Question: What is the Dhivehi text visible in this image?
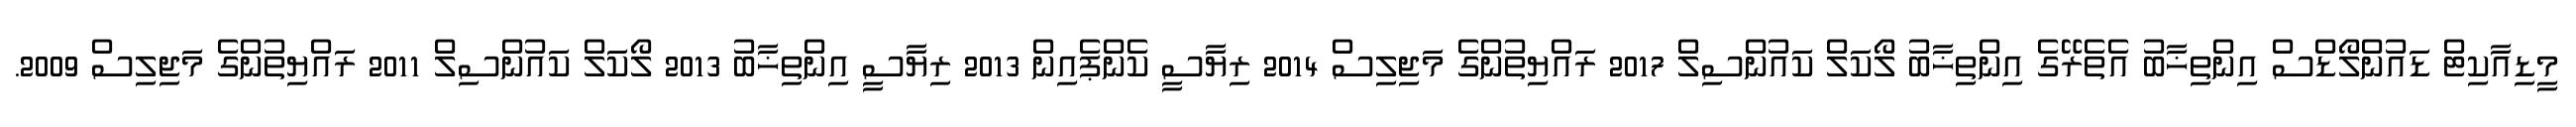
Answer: މީޑިއާކިޓް ޑައުންލޯޑްސް އިންތިޚާބު އެތެރޭގެ އިންތިޚާބު ލޯކަލް ކައުންސިލް 2017 ރައްޔިތުންގެ މަޖިލިސް 2014 ރިޔާސީ ކެންޕެއިން 2013 ރިޔާސީ އިންތިޚާބު 2013 ލޯކަލް ކައުންސިލް 2011 ރައްޔިތުންގެ މަޖިލިސް 2009.